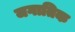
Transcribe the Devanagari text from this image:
जगातिक